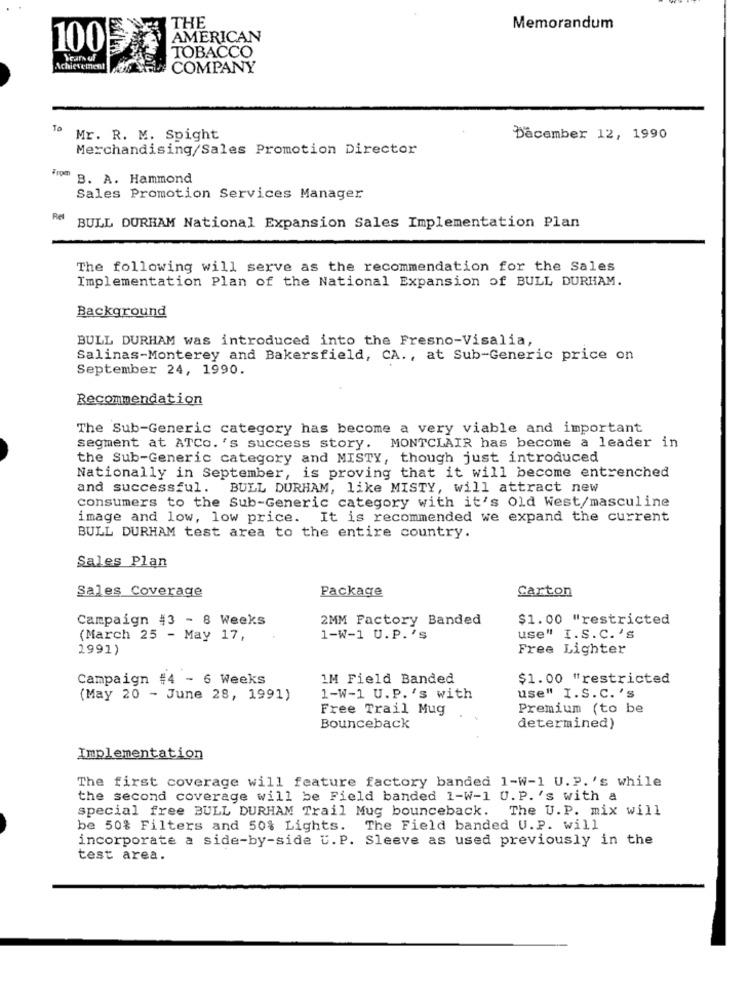
THE
Memorandum
AMERICAN
100
TOBACCO
Years of
Achievement
COMPANY
To
Mr. R. M. Spight
Dåcember 12, 1990
Merchandising/Sales Promotion Director
From
B. A. Hammond
Sales Promotion Services Manager
Ret
BULL DURHAM National Expansion Sales Implementation Plan
The following will serve as the recommendation for the Sales
Implementation Plan of the National Expansion of BULL DURHAM.
Background
BULL DURHAM was introduced into the Fresno-Visalia,
Salinas-Monterey and Bakersfield, CA ., at Sub-Generic price on
September 24, 1990.
Recommendation
The Sub-Generic category has become a very viable and important
segment at ATCo.'s success story. MONTCLAIR has become a leader in
the Sub-Generic category and MISTY, though just introduced
Nationally in September, is proving that it will become entrenched
and successful. BULL DURHAM, like MISTY, will attract new
consumers to the Sub-Generic category with it's Old West/masculine
image and low, low price. It is recommended we expand the current
BULL DURHAM test area to the entire country.
Sales Plan
Sales Coverage
Package
Carton
Campaign #3 - 8 Weeks
2MM Factory Banded
$1.00 "restricted
(March 25 - May 17,
1-W-1 U.P.'s
use" I.S.C.'S
1991)
Free Lighter
Campaign #4 - 6 Weeks
1M Field Banded
$1.00 "restricted
(May 20 - June 28, 1991)
1-W-1 U.P.'s with
use" I.S.C.'s
Free Trail Mug
Premium (to be
Bounceback
determined)
Implementation
The first coverage will feature factory banded 1-W-1 U.P. 's while
the second coverage will be Field banded 1-w-1 U. P. 's with a
special free BULL DURHAM Trail Mug bounceback. The U. P. mix will
be 50% Filters and 50% Lights.
The Field banded U.P. will
incorporate a side-by-side U. P. Sleeve as used previously in the
test area.